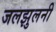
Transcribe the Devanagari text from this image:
जलझुलनी